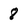
Character: 8